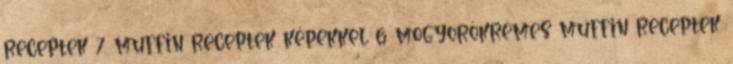
receptek 7 muffin receptek képekkel 6 mogyorókrémes muffin receptek